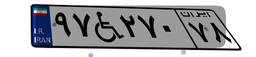
۲۳W۵۰۵۳۸